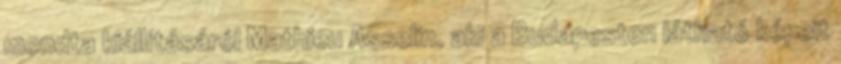
mondta kiállításáról Mathieu Asselin, aki a Budapesten látható képeit